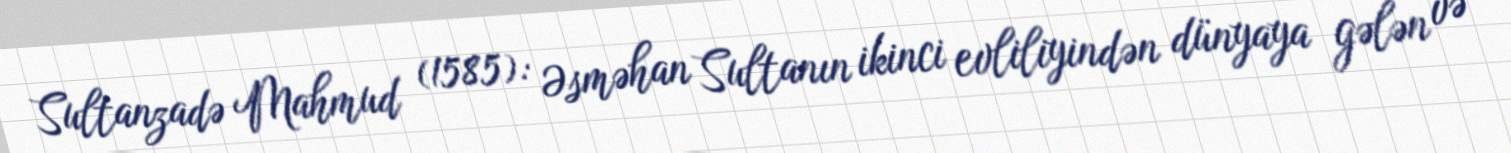
Sultanzadə Mahmud (1585): Əsməhan Sultanın ikinci evliliyindən dünyaya gələn və